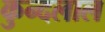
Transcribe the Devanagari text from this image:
कुन्दलाल